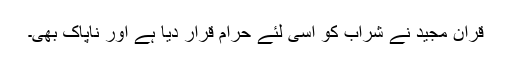
قرآن مجید نے شراب کو اسی لئے حرام قرار دیا ہے اور ناپاک بھی۔